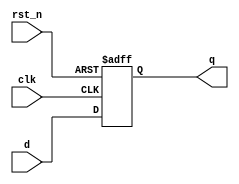
module d_flip_flop (
    input wire clk,     // Clock input
    input wire rst_n,   // Asynchronous active low reset
    input wire d,       // Data input
    output reg q        // Data output
);

// Initial state
initial begin
    q = 1'b0; // Initialize output to 0
end

// Behavioral modeling for the negative edge of the clock
always @(negedge clk or negedge rst_n) begin
    if (!rst_n) begin
        q <= 1'b0; // Asynchronous reset
    end else begin
        q <= d;     // Update output q with data input d on falling edge
    end
end

endmodule